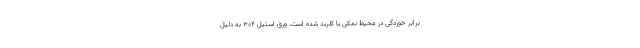
برابر خوردگی در محیط نمکی یا کلرید شده است. ورق استیل 304 به دلیل